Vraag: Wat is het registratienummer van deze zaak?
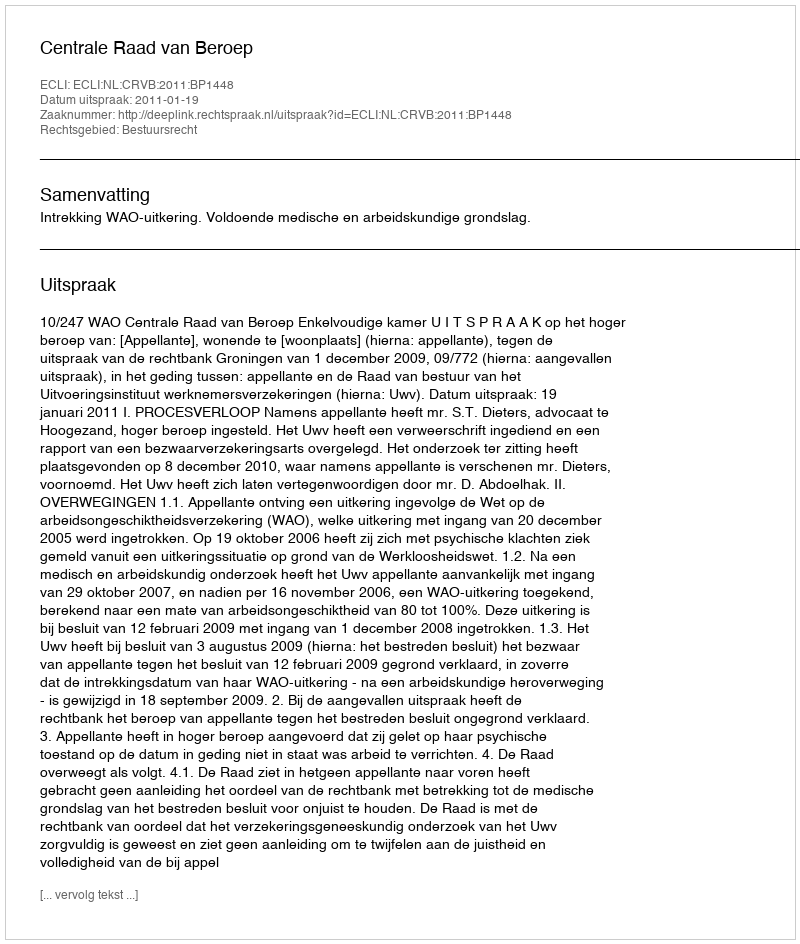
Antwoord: http://deeplink.rechtspraak.nl/uitspraak?id=ECLI:NL:CRVB:2011:BP1448